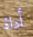
أداة